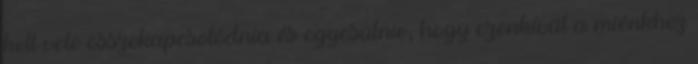
kell vele összekapcsolódnia és egyesülnie, hogy ezenkívül a miénkhez